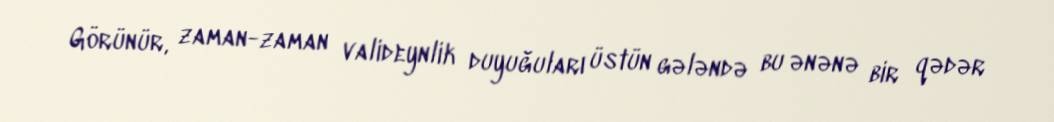
Görünür, zaman-zaman valideynlik duyuğuları üstün gələndə bu ənənə bir qədər